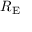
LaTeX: R _ { \mathrm { E } }